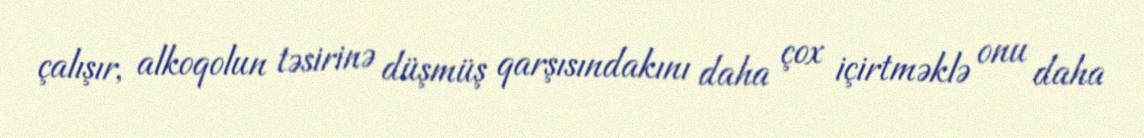
çalışır, alkoqolun təsirinə düşmüş qarşısındakını daha çox içirtməklə onu daha